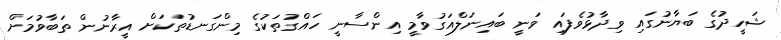
ޝަހީދުގެ ބަޔާނުގައި ވިދާޅުވެފައި ވަނީ ބައިނަލްއަގުވާމީ އިންސާނީ ހައްގުތަކުގެ މިންގަނޑުތަކަށް އީރާނުން ތަބާވުމަށް